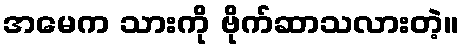
အမေက သားကို ဗိုက်ဆာသလားတဲ့။